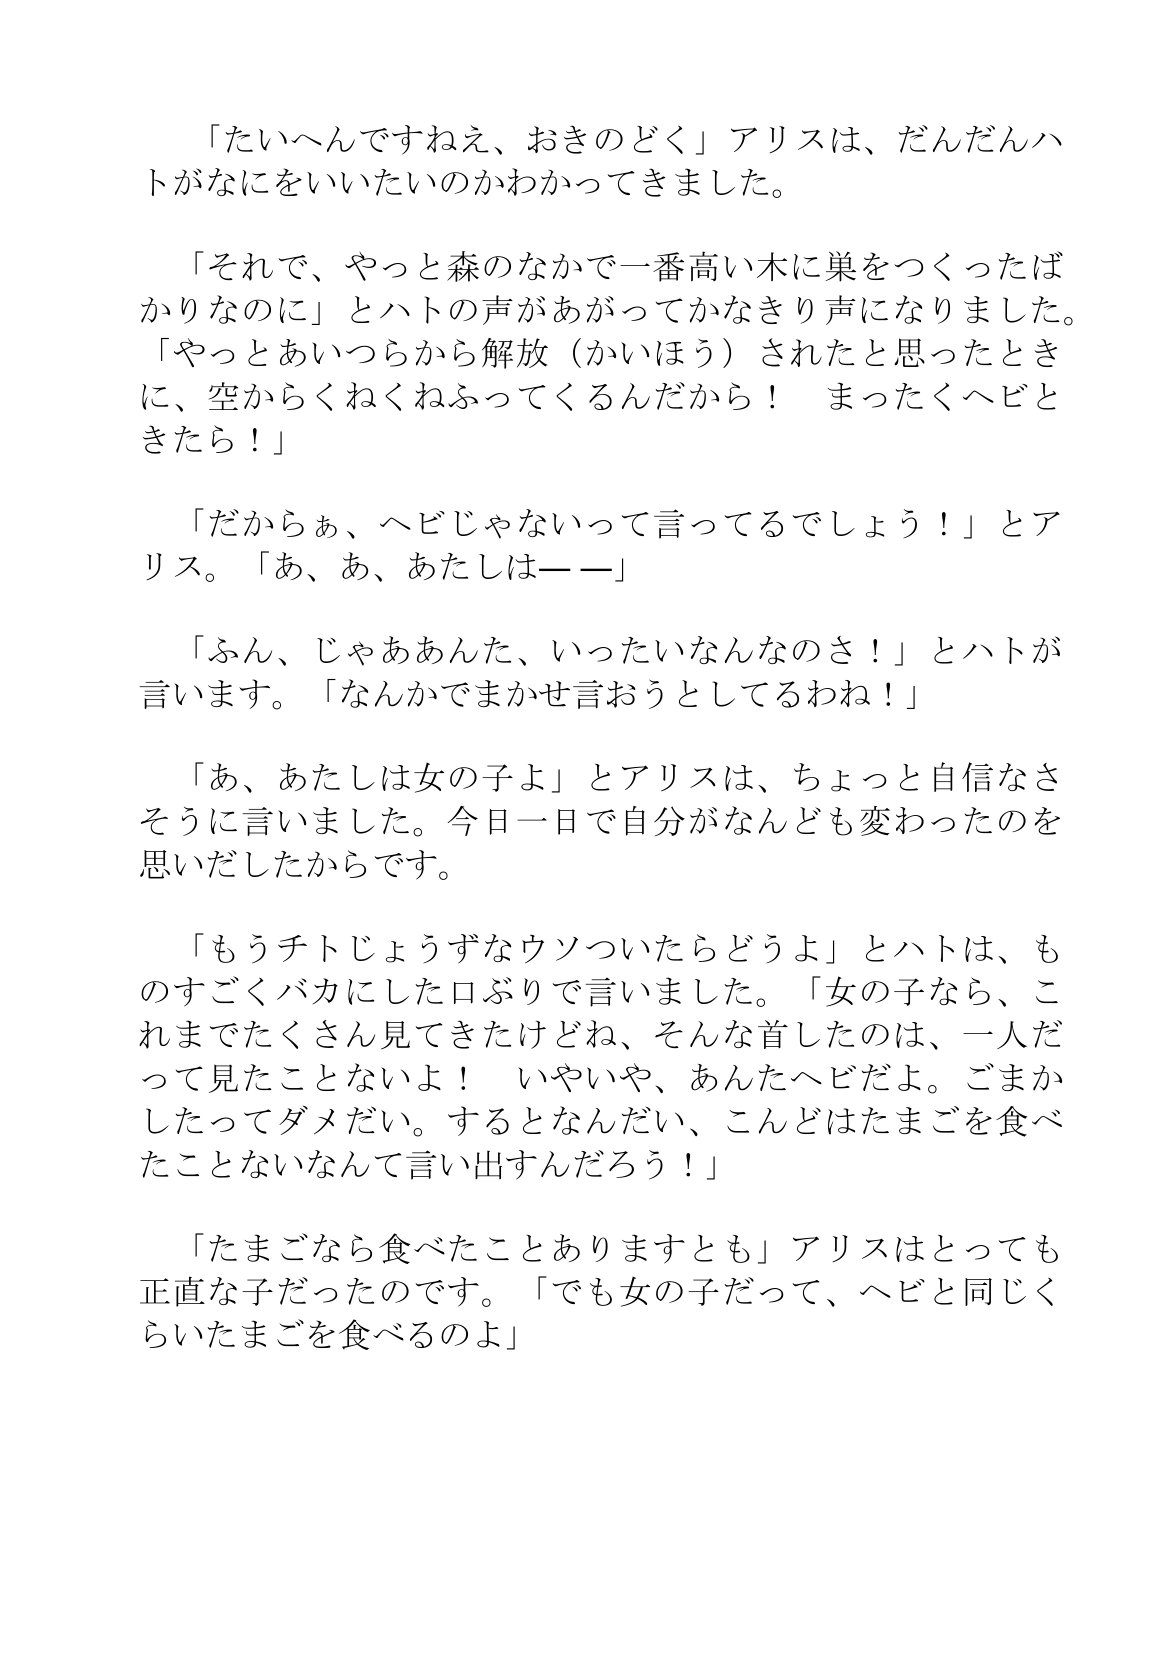
Language: ja